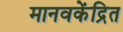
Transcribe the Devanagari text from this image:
मानवकेंद्रित